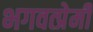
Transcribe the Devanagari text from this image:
भगवत्प्रेमी